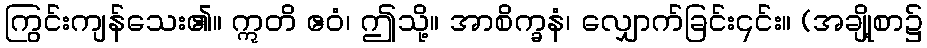
ကြွင်းကျန်သေး၏။ ဣတိ ဧဝံ၊ ဤသို့။ အာစိက္ခနံ၊ လျှောက်ခြင်း၎င်း။ (အချို့စာ၌